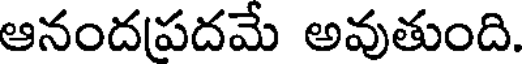
ఆనందపదమే అవుతుంది.